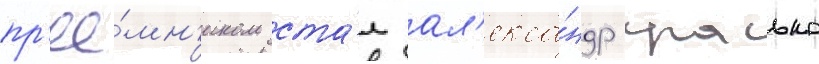
пр'ее́мн'иком ста́л ал'екса́ндр красько